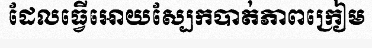
ដែលធ្វើអោយស្បែកបាត់ភាពក្រៀម